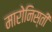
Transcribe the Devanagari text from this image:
मारोनिस्ती